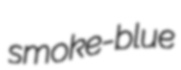
smoke-blue